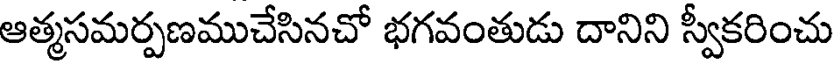
ఆత్మసమర్పణముచేసినచో భగవంతుడు దానిని స్వీకరించు